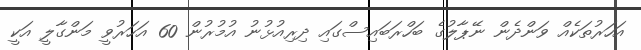
އަހަރުތަކެއް ވަންދެން ނޭޕާލުގެ ބަހްރަބައިސްގައި ދިރިއުޅުނު އުމުރުން 60 އަހަރުވީ މަންގާލީ އަކީ